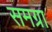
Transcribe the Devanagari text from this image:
समग्रा